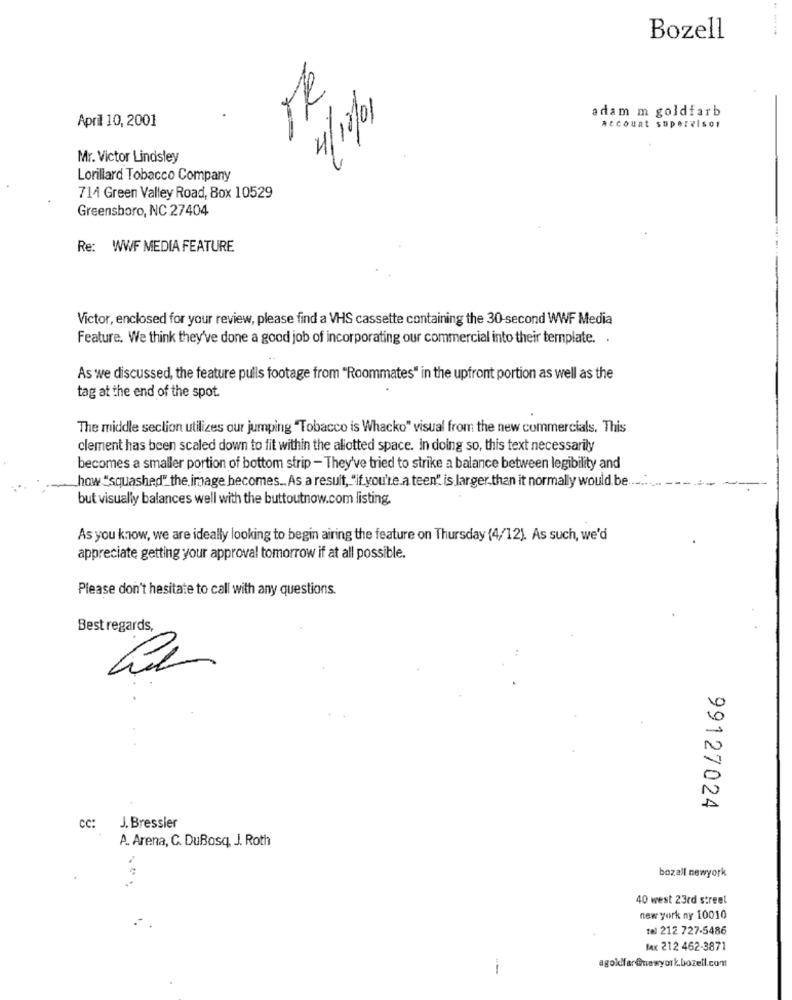
Bozell
4/12/01
adam m goldfarb
April 10, 2001
Account supervisor
Mr. Victor Lindsley
Lorillard Tobacco Company
714 Green Valley Road, Box 10529
Greensboro, NC 27404
Re: WWF MEDIA FEATURE
Victor, enclosed for your review, please find a VHS cassette containing the 30-second WWF Media
Feature. We think they've done a good job of incorporating our commercial into their template. .
As we discussed, the feature pulls footage from "Roommates" in the upfront portion as well as the
tag at the end of the spot.
The middle section utilizes our jumping "Tobacco is Whacko" visual from the new commercials. This
clement has been scaled down to fit within the allotted space. in doing so, this text necessarily
becomes a smaller portion of bottom strip - They've tried to strike a balance between legibility and
how "squashed"the image becomes .. As a result, "if you're.a teen" is larger than it normally would be.
but visually balances well with the buttoutnow.com listing
As you know, we are ideally looking to begin airing the feature on Thursday (4/12). As such, we'd
appreciate getting your approval tomorrow if at all possible.
Please don't hesitate to call with any questions.
Best regards,
99127024
CC:
J. Bressler
A. Arena, C. DuBosq, J. Roth
bozall newyork
40 west 23rd street
new york ny 10010
tel 212 727-5486
fax 212 462-3871
agoldfar@newyork.bozell.com
--